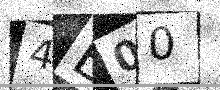
Text: 4B00